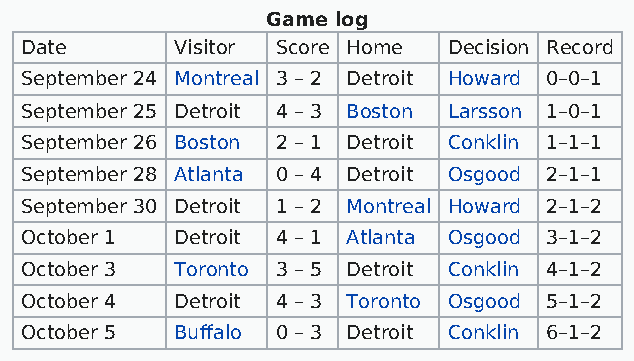
Game log
 Date       Visitor Score Home Decision Record
 September 24 Montreal 3 – 2 Detroit Howard 0–0–1
 September 25 Detroit 4 – 3 Boston Larsson 1–0–1
 September 26 Boston 2 – 1 Detroit Conklin 1–1–1
 September 28 Atlanta 0 – 4 Detroit Osgood 2–1–1
 September 30 Detroit 1 – 2 Montreal Howard 2–1–2
 October 1  Detroit 4 – 1 Atlanta Osgood 3–1–2
 October 3  Toronto 3 – 5 Detroit Conklin 4–1–2
 October 4  Detroit 4 – 3 Toronto Osgood 5–1–2
 October 5  Buffalo 0 – 3 Detroit Conklin 6–1–2